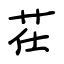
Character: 茌